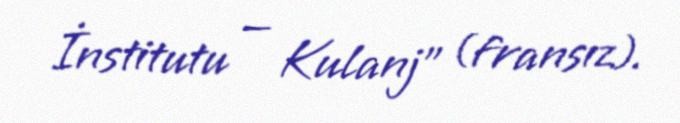
İnstitutu — Kulanj" (fransız).